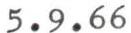
5.9.66